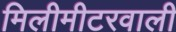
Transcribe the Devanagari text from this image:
मिलीमीटरवाली